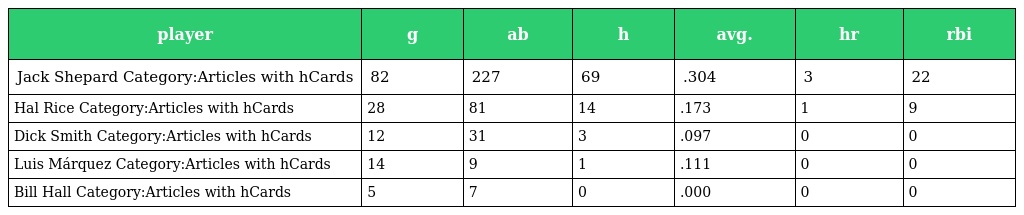
| player | g | ab | h | avg. | hr | rbi |
 | --- | --- | --- | --- | --- | --- | --- |
 | Jack Shepard Category:Articles with hCards | 82 | 227 | 69 | .304 | 3 | 22 |
 | Hal Rice Category:Articles with hCards | 28 | 81 | 14 | .173 | 1 | 9 |
 | Dick Smith Category:Articles with hCards | 12 | 31 | 3 | .097 | 0 | 0 |
 | Luis Márquez Category:Articles with hCards | 14 | 9 | 1 | .111 | 0 | 0 |
 | Bill Hall Category:Articles with hCards | 5 | 7 | 0 | .000 | 0 | 0 |